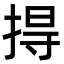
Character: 㧹